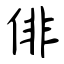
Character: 俳